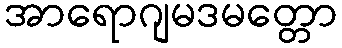
အာရောဂျမဒမတ္တော